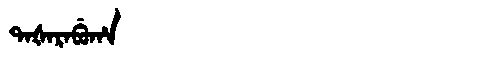
Manchu: ᡨᠠᡧᠠᡵᠠᠪᡠᡥᠠ
Romanization: TAŠARABUHA